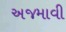
અજમાવી